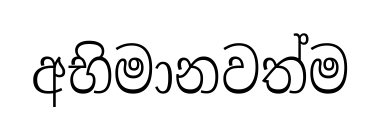
අභිමානවත්ම